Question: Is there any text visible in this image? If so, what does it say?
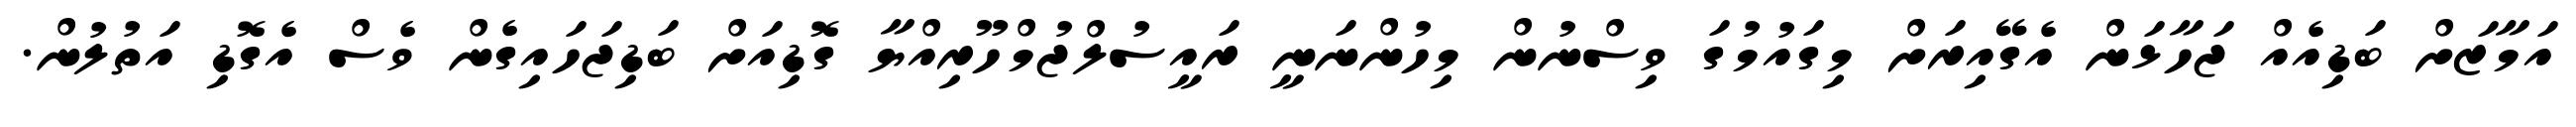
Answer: އަމާޒަށް ބަޑިއެއް ޖަހާޅަން އެގޭއިރަށް މިގައުމުގަ ވިސްނުން މިހުންނަނީ ރައީސުލްޖުމްހޫރިއްޔާ ގޮޑިއަށް ބަޑިޖަހައިގެން ވެސް އެގޮޑި އަތުލުން.